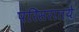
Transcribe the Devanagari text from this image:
परिसरातये